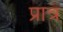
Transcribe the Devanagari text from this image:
प्रात्र